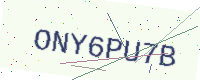
Text: ONY6PU7B